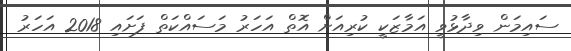
ސައިމަން ވިދާޅުވީ އަމާޒަކީ ކުރިއަށް އޮތް އަހަރު މަސައްކަތް ފަށައި 2018 އަހަރު